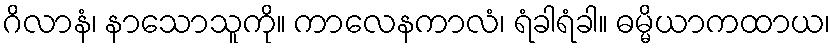
ဂိလာနံ၊ နာသောသူကို။ ကာလေနကာလံ၊ ရံခါရံခါ။ ဓမ္မိယာကထာယ၊